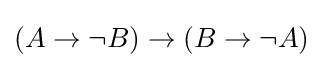
(A\to \neg B)\to (B\to \neg A)